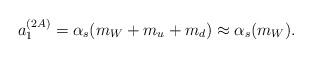
LaTeX: \begin{align*}a_1^{(2A)}=\alpha_s(m_W+m_u+m_d) \approx \alpha_s (m_W).\end{align*}